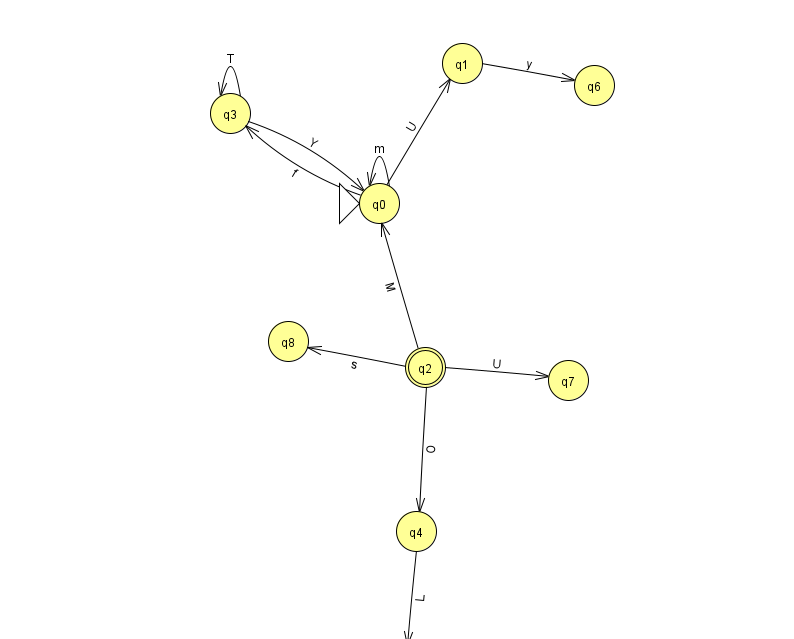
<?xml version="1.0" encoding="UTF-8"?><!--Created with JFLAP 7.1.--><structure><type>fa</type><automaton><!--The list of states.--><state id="0" name="q0"><x>379.0</x><y>190.0</y><initial/></state><state id="1" name="q1"><x>462.0</x><y>50.0</y></state><state id="2" name="q2"><x>425.0</x><y>354.0</y><final/></state><state id="3" name="q3"><x>230.0</x><y>100.0</y></state><state id="4" name="q4"><x>416.0</x><y>518.0</y></state><state id="5" name="q5"><x>403.0</x><y>651.0</y></state><state id="6" name="q6"><x>594.0</x><y>72.0</y></state><state id="7" name="q7"><x>568.0</x><y>367.0</y></state><state id="8" name="q8"><x>288.0</x><y>328.0</y></state><!--The list of transitions.--><transition><from>2</from><to>0</to><read>M</read></transition><transition><from>2</from><to>8</to><read>s</read></transition><transition><from>3</from><to>3</to><read>T</read></transition><transition><from>3</from><to>0</to><read>Y</read></transition><transition><from>0</from><to>3</to><read>f</read></transition><transition><from>1</from><to>6</to><read>y</read></transition><transition><from>2</from><to>7</to><read>U</read></transition><transition><from>0</from><to>1</to><read>U</read></transition><transition><from>2</from><to>4</to><read>O</read></transition><transition><from>0</from><to>0</to><read>m</read></transition><transition><from>4</from><to>5</to><read>L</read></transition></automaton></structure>